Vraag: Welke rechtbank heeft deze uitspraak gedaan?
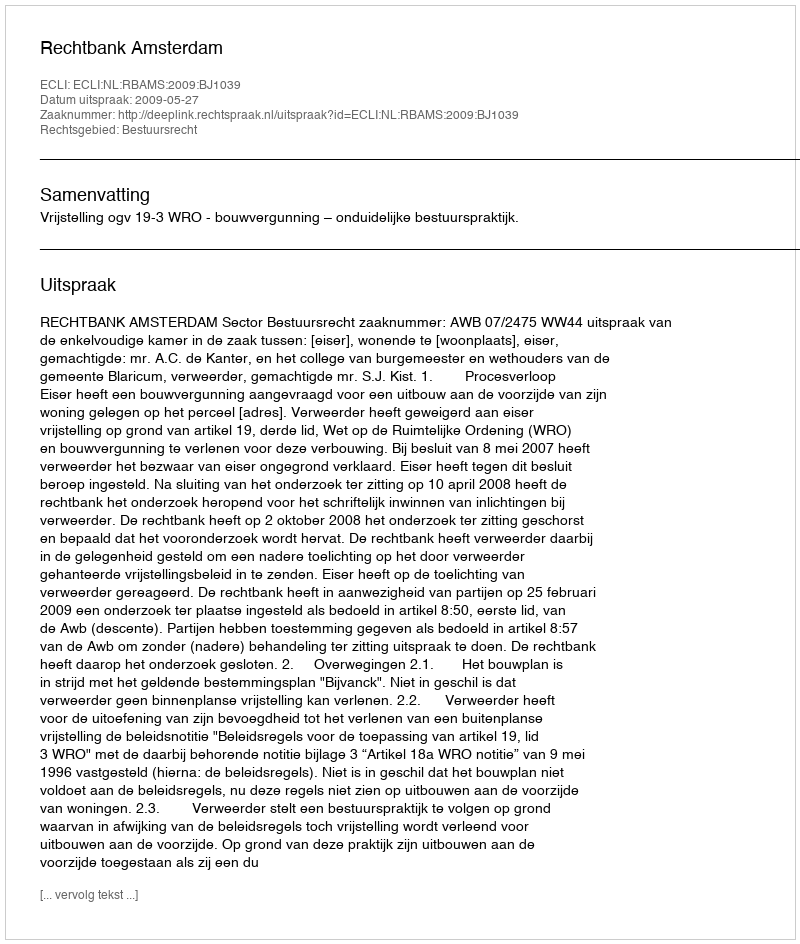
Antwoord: Rechtbank Amsterdam